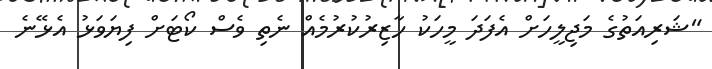
"ޝަރިއަތުގެ މަޖިލީހަށް އެފަދަ މީހަކު ހާޒިރުކުރުމެއް ނެތި ވެސް ކޯޓަށް ފިޔަވަޅު އެޅޭނެ